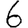
Digit: 6